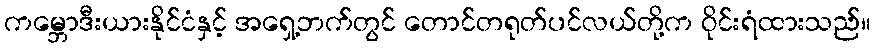
ကမ္ဘောဒီးယားနိုင်ငံနှင့် အရှေ့ဘက်တွင် တောင်တရုတ်ပင်လယ်တို့က ဝိုင်းရံထားသည်။